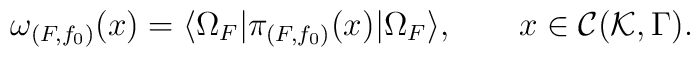
\omega_{(F,f_0)}(x)= \langle \Omega_F|\pi_{(F,f_0)} (x) | \Omega_F \rangle ,\qquad x\in {\cal C}({\cal K},\Gamma).